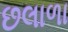
છલાળા